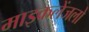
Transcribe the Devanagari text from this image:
माइकलेंजलो